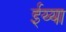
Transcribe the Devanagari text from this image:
ईय्या